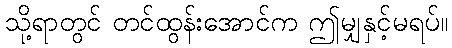
သို့ရာတွင် တင်ထွန်းအောင်က ဤမျှနှင့်မရပ်။